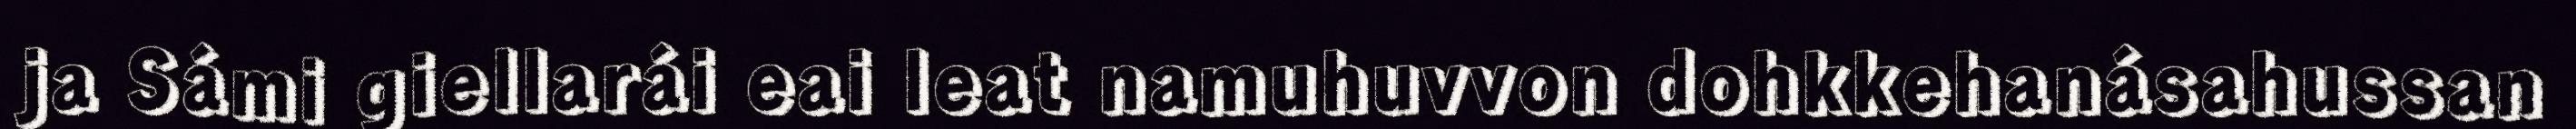
ja Sámi giellarái eai leat namuhuvvon dohkkehanásahussan